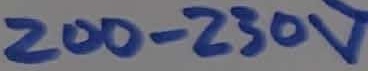
Text: 200-230V